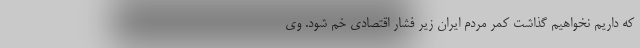
که داریم نخواهیم گذاشت کمر مردم ایران زیر فشار اقتصادی خم شود. وی